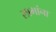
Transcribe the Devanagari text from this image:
लाभांना